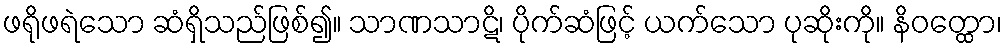
ဖရိုဖရဲသော ဆံရှိသည်ဖြစ်၍။ သာဏသာဋိ၊ ပိုက်ဆံဖြင့် ယက်သော ပုဆိုးကို။ နိဝတ္ထော၊